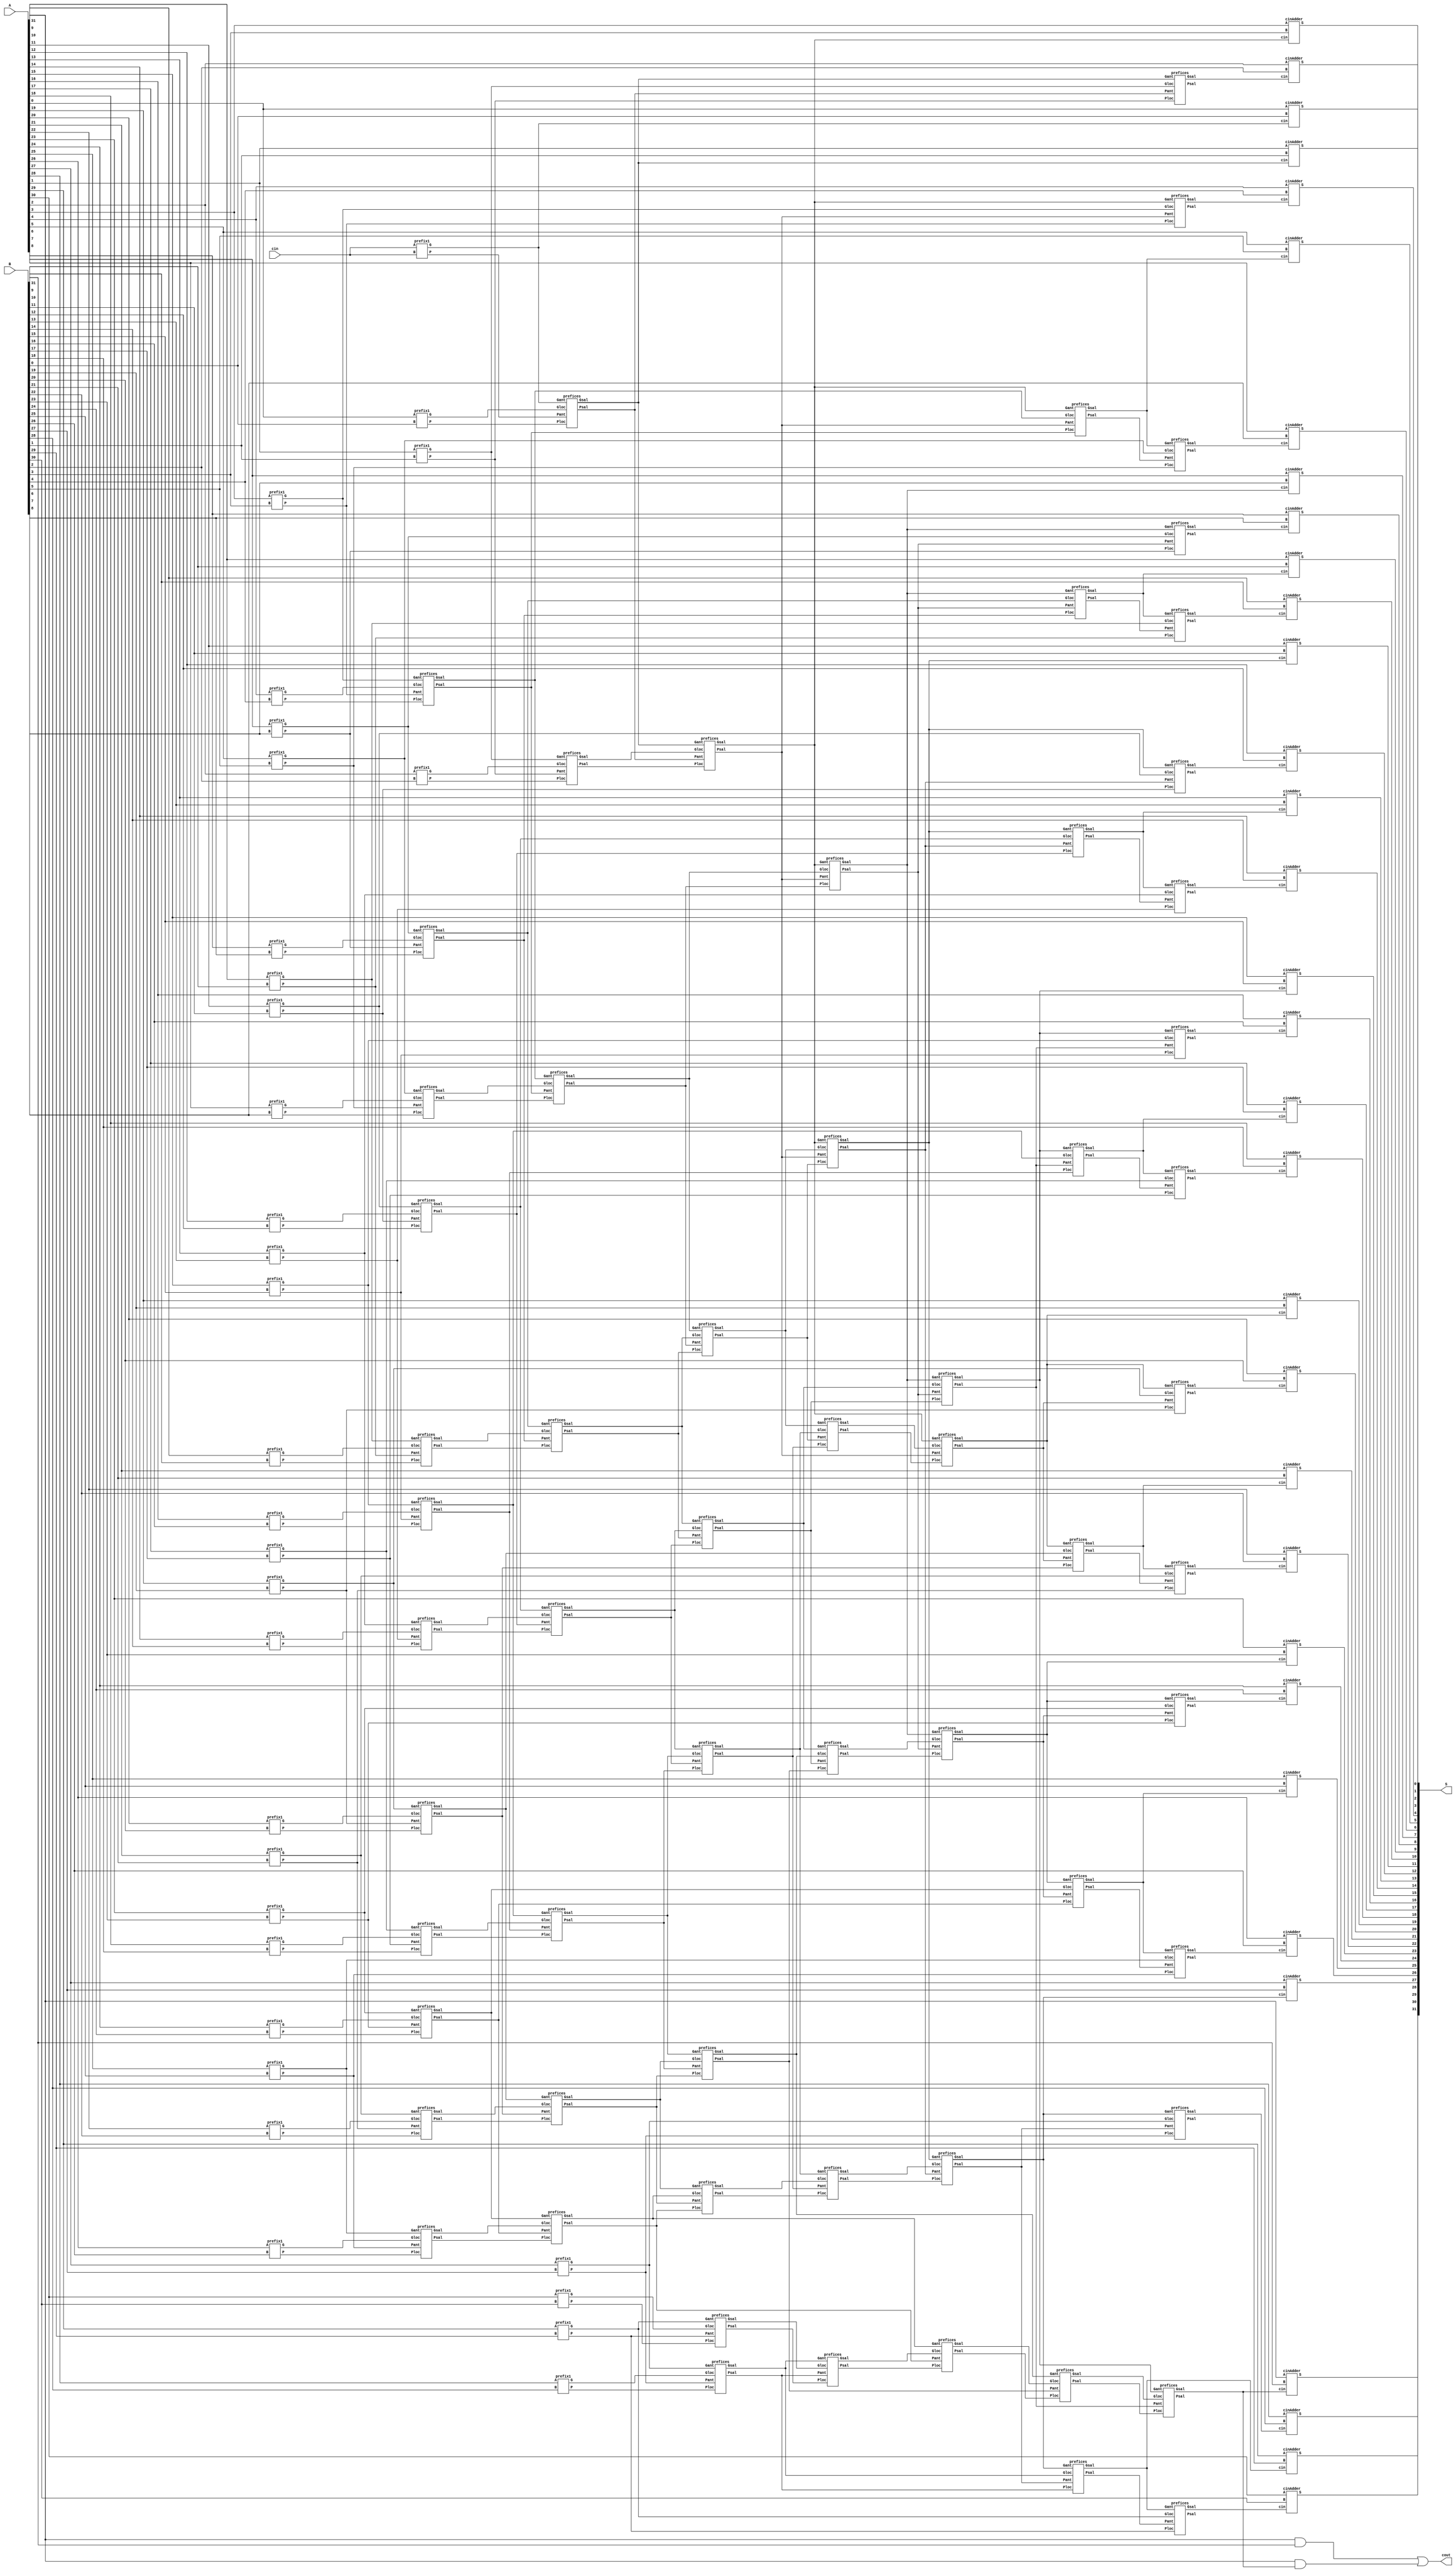
//Ya funciona, pero hay que reducir las lneas de cdigo 
//y ver cmo se puede generalizar para sumadores de n bits.

module HCA32b #(parameter ADDERWIDTH = 32)(
	input [ADDERWIDTH-1:0] A, 
	input [ADDERWIDTH-1:0] B, 
	input cin, 
	output [ADDERWIDTH-1:0] S,
	output cout
); 
	genvar i; 
	genvar j; 
	wire P [7:0][ADDERWIDTH-1:0]; 
	wire G [7:0][ADDERWIDTH-1:0]; 
	
	//------------------------
	//------Brent-kung--------
	generate
		for(i=0; i<ADDERWIDTH; i=i+1)
		begin : firstLayer
			if(i==0)
				prefix1 prfeices1(cin, cin, P[0][i], G[0][i]);
			else
				prefix1 prfeices1(A[i-1], B[i-1], P[0][i], G[0][i]);
		end
	endgenerate 
	
	generate
		for(i=0; i<ADDERWIDTH; i=i+1)
		begin : stage1
			if((i+1)%2==0)
				prefices preficesS1(P[0][i], P[0][i-1], G[0][i], G[0][i-1], P[1][i], G[1][i]);
			else
			begin 
				assign P[1][i] = P[0][i]; 
				assign G[1][i] = G[0][i];
			end
		end
	endgenerate
	//------------------------
	//------------------------
	
	
	//-------------------------
	//-------Kogge-Stone-------
	generate 
		for(j=1; j<5; j=j+1)
		begin : KoggeStone 
			for(i=0; i<ADDERWIDTH; i=i+1)
			begin : KSi
				if((i+1)%4==0 && i>2**j) 
					prefices preKS(P[j][i], P[j][i-2**j], G[j][i], G[j][i-2**j], P[j+1][i], G[j+1][i]);
				else
				begin 
					assign P[j+1][i] = P[j][i]; 
					assign G[j+1][i] = G[j][i];
				end
			end
		end
	endgenerate
	//-------------------------
	//-------------------------
	
	
	//------------------------------
	//----------Brent-Kung----------
	generate
		for(i=0; i<ADDERWIDTH; i=i+1)
		begin : stage6
			if((i-1)%4==0 && i>4) 
				prefices preficesS3(P[5][i], P[5][i-2], G[5][i], G[5][i-2], P[6][i], G[6][i]);
			else
			begin 
				assign P[6][i] = P[5][i]; 
				assign G[6][i] = G[5][i];
			end
		end
	endgenerate
	
	generate
		for(i=0; i<ADDERWIDTH; i=i+1)
		begin : stage7
			if(i%2==0 && i>0) 
				prefices preficesS3(P[6][i], P[6][i-1], G[6][i], G[6][i-1], P[7][i], G[7][i]);
			else
			begin 
				assign P[7][i] = P[6][i]; 
				assign G[7][i] = G[6][i];
			end
		end
	endgenerate
	//-----------------------------
	//-----------------------------
	
	
	//Sum with no carry out
	generate
		for(i=0; i<ADDERWIDTH; i=i+1)
		begin : lastLayer
			cinAdder Adders(A[i], B[i], G[7][i], S[i]); 
		end
	endgenerate
	
	//Carry out
	assign cout = (A[ADDERWIDTH-1]&B[ADDERWIDTH-1])|(A[ADDERWIDTH-1]&G[7][ADDERWIDTH-1]); 
	
endmodule 


module cinAdder(
	input A, 
	input B,
	input cin, 
	output S
); 
	assign S = A^B^cin; 
endmodule 

module prefices(
	input Ploc, 
	input Pant, 
	input Gloc, 
	input Gant,
	output Psal, 
	output Gsal
);
	assign Psal = Ploc&Pant; 
	assign Gsal = Gloc|(Ploc&Gant);	
endmodule 

module prefix1(
	input A, 
	input B, 
	output P, 
	output G
); 
	assign P = A|B; 
	assign G = A&B; 
endmodule

//Banco de pruebas
/**
module HCA32b_tb (); 
	reg 	[31:0] 	opeA; 
	reg 	[31:0] 	opeB; 
	reg 				Carryin; 
	wire 	[31:0]	Sal; 
	wire 				Carryout; 
	
	HCA32b Adder_U0(opeA, opeB, Carryin, Sal, Carryout);
	
	initial 
	begin 
		opeA = 32'b0; 
		opeB = 32'b0; 
		Carryin = 1'b0; 
	end 
	
	always
		begin 
		#50
			opeA = 32'hBABEFACE; 
			opeB = 32'hDEADBEEF; 
			Carryin = 1'b0; 
			
		#50 
			opeA = 32'h10; 
			opeB = 32'hBABE; 
			Carryin = 1'b0; 
		#50 
			opeA = 32'hDEAD; 
			opeB = 32'hBEEF; 
			Carryin = 1'b1;
		#50 
			opeA = 32'hFACE; 
			opeB = 32'h0FFA; 
			Carryin = 1'b1;
		#50
			opeA = 32'hDEADFACE; 
			opeB = 32'hBEEFBABE; 
			Carryin = 1'b0;	
		#50
			opeA = 32'h1; 
			opeB = 32'h1; 
			Carryin = 1'b1;
	end
	
endmodule 
**/